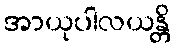
အာယုပါလယန္တိ